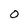
Character: 0